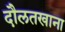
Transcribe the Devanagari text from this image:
दौलतखाना